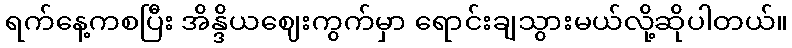
ရက်နေ့ကစပြီး အိန္ဒိယဈေးကွက်မှာ ရောင်းချသွားမယ်လို့ဆိုပါတယ်။